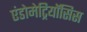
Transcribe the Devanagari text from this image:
एंडोमेट्रियॉसिस